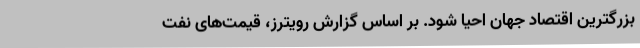
بزرگترین اقتصاد جهان احیا شود. بر اساس گزارش رویترز، قیمت‌های نفت